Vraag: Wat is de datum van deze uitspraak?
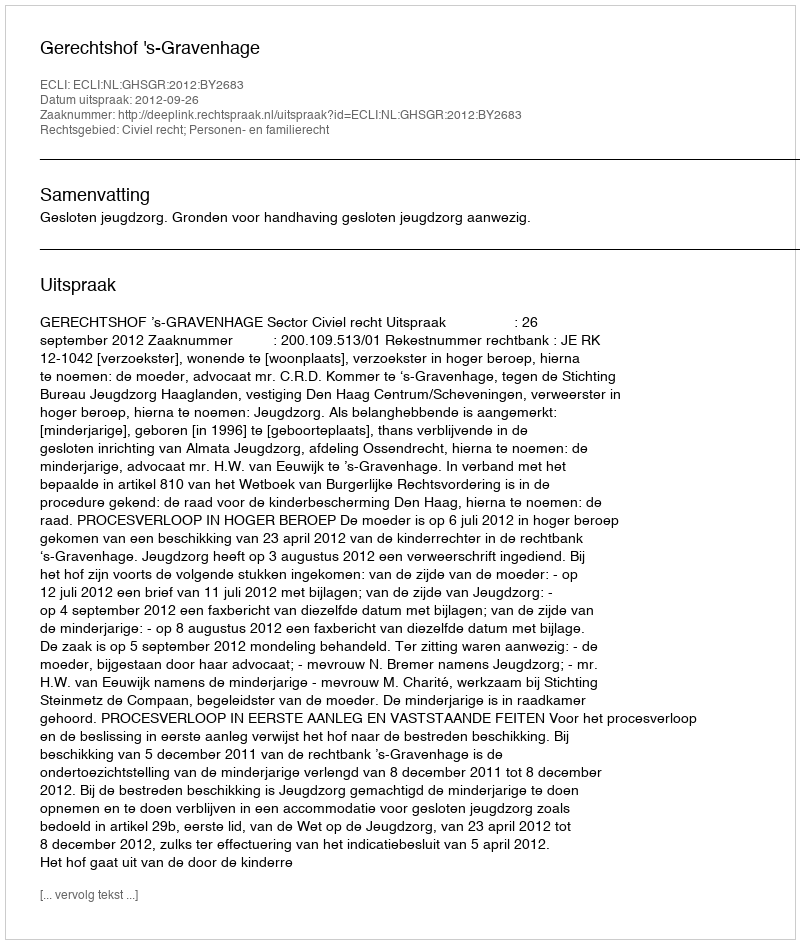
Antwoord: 2012-09-26